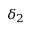
\delta _ { 2 }